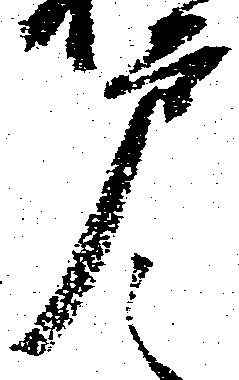
戸